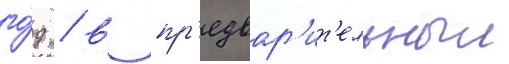
го́д / в пр'едвар'ит'ельныи